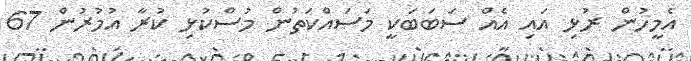
އެމީހުން ރުޅި އައި އެއް ސަބަބަކީ މަސައްކަތުން މުސްކުޅި ކުރާ އުމުރުން 67